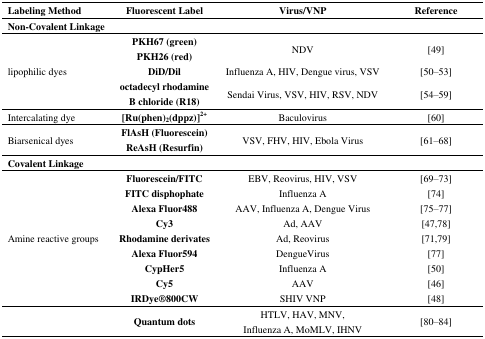
| Labeling Method | Fluorescent Label | Virus/VNP | Reference |
 | --- | --- | --- | --- |
 | <COLSPAN=4> Non-Covalent Linkage |
 | <ROWSPAN=3> lipophilic dyes | <ROWSPAN=3> PKH67 (green)PKH26 (red)DiD/Dil octadecyl rhodamineB chloride (R18) | NDV | [49] |
 | Influenza A, HIV, Dengue virus, VSV | [50–53] |
 | Sendai Virus, VSV, HIV, RSV, NDV | [54–59] |
 | Intercalating dye | [Ru(phen)2(dppz)]2+ | Baculovirus | [60] |
 | Biarsenical dyes | FlAsH (Fluorescein)ReAsH (Resurfin) | VSV, FHV, HIV, Ebola Virus | [61–68] |
 | <COLSPAN=4> Covalent Linkage |
 | <ROWSPAN=9> Amine reactive groups | Fluorescein/FITC | EBV, Reovirus, HIV, VSV | [69–73] |
 | FITC disphophate | Influenza A | [74] |
 | Alexa Fluor488 | AAV, Influenza A, Dengue Virus | [75–77] |
 | Cy3 | Ad, AAV | [47,78] |
 | Rhodamine derivates | Ad, Reovirus | [71,79] |
 | Alexa Fluor594 | DengueVirus | [77] |
 | CypHer5 | Influenza A | [50] |
 | Cy5 | AAV | [46] |
 | IRDye®800CW | SHIV VNP | [48] |
 |  | Quantum dots | HTLV, HAV, MNV,Influenza A, MoMLV, IHNV | [80–84] |